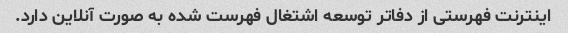
اینترنت فهرستی از دفاتر توسعه اشتغال فهرست شده به صورت آنلاین دارد.